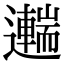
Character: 𨘼